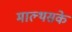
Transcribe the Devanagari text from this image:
माल्थसके